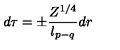
d \tau = \pm \frac { Z ^ { 1 / 4 } } { l _ { p - q } } d r \